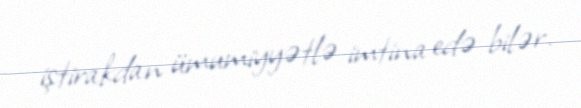
iştirakdan ümumiyyətlə imtina edə bilər.